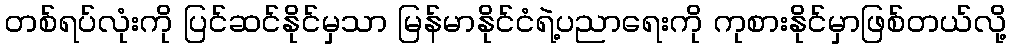
တစ်ရပ်လုံးကို ပြင်ဆင်နိုင်မှသာ မြန်မာနိုင်ငံရဲ့ပညာရေးကို ကုစားနိုင်မှာဖြစ်တယ်လို့